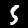
Digit: 5